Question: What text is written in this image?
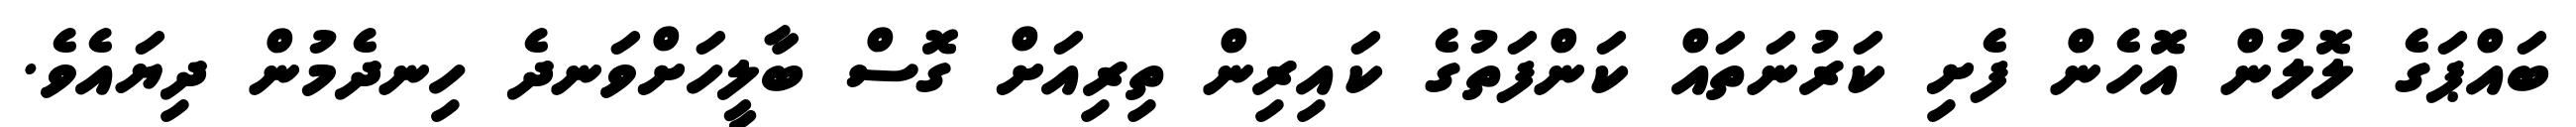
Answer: ބައްޕަގެ ލޮލުން އޮހެން ފެށި ކަރުނަތައް ކަންފަތުގެ ކައިރިން ތިރިއަށް ގޮސް ބާލީހަށްވަނދެ ހިނދެމުން ދިޔައެވެ.